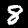
Digit: 8